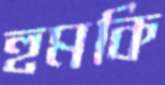
হুমকি